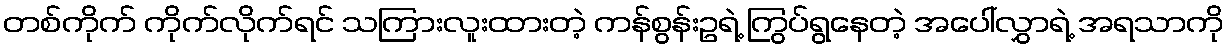
တစ်ကိုက် ကိုက်လိုက်ရင် သကြားလူးထားတဲ့ ကန်စွန်းဥရဲ့ ကြွပ်ရွနေတဲ့ အပေါ်လွှာရဲ့ အရသာကို